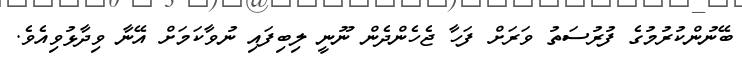
ބޭނުންކުރުމުގެ ފުރުސަތު ވަރަށް ފަހާ ޖެހެންދެން ނޫނީ ލިބިފައި ނުވާކަމަށް އޭނާ ވިދާޅުވިއެވެ.